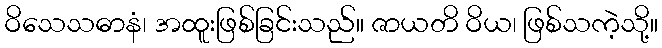
ဝိသေသဓာနံ၊ အထူးဖြစ်ခြင်းသည်။ ဇာယတိ ဝိယ၊ ဖြစ်သကဲ့သို့။